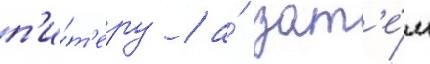
п'и́т'еру / а́ зат'е́м